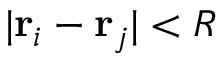
| \mathbf { r } _ { i } - \mathbf { r } _ { j } | < R